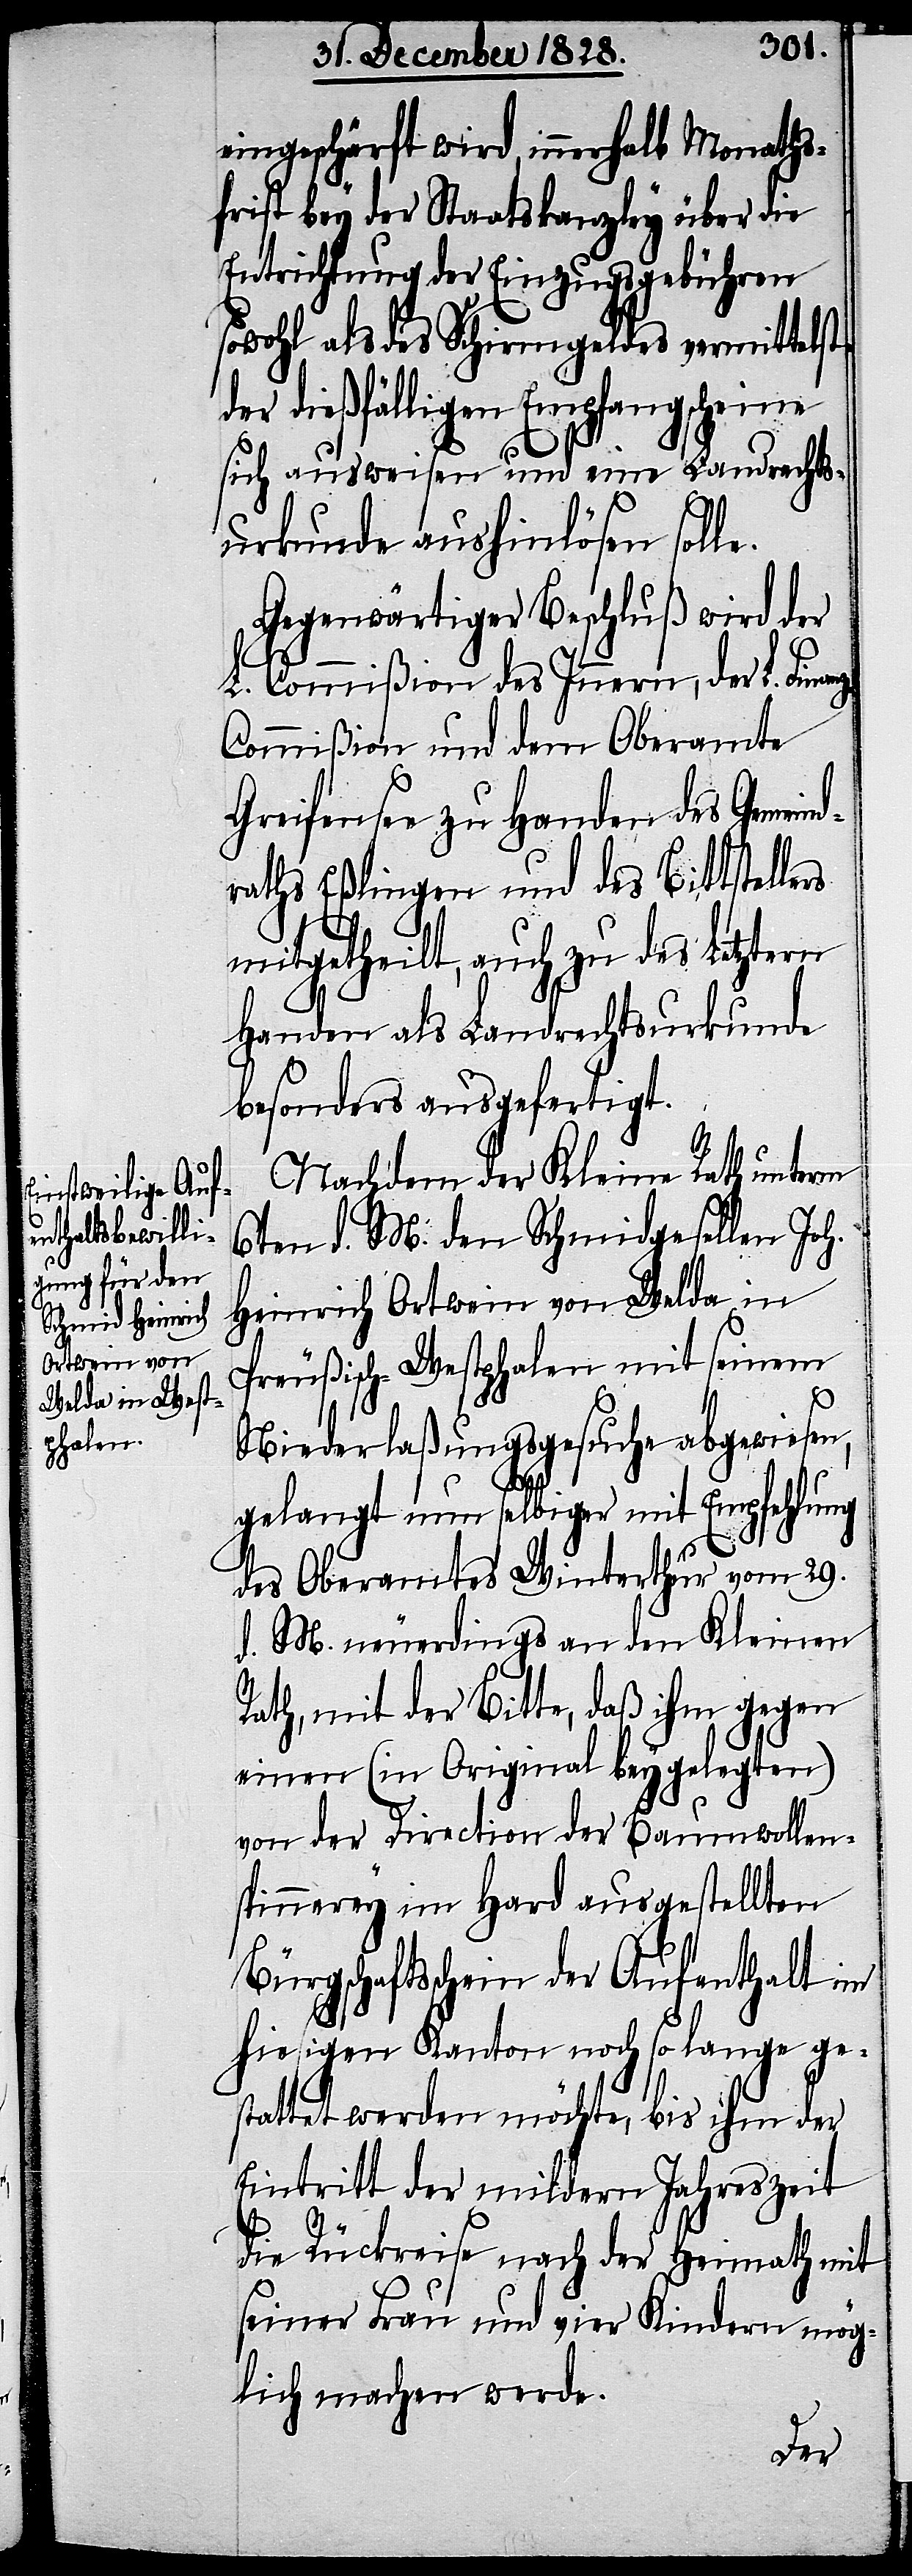
eingeschärft wird, innerhalb Monaths¬
frist bey der Staatskanzley über die
Entrichtung der Einzugsgebühren
sowohl als des Schirmgeldes vermittelst
der dießfälligen Empfangscheine
sich ausweisen und eine Landrechts¬
urkunde aushinlösen solle.
Gegenwärtiger Beschluß wird der
L. Commißion des Innern, der L. Fina¬
z-Commißion und dem Oberamte
Greifensee zu Handen des Gemein¬
raths Eßlingen und des Bittstelle¬
rs
mitgetheilt, auch zu des Letztern
d¬
Handen als Landrechtsurkunde
besonders ausgefertigt.
Nachdem der Kleine Rath unterm
6ten d. M. den Schmidgesellen Joh.
Heinrich Ortwein von Welda in
Preußisch-Westphalen mit seinem
Niederlaßungsgesuche abgewiesen,
gelangt nun selbiger mit Empfehlung
des Oberamtes Winterthur vom 29.
d. M. neuerdings an den Kleinen
Rath, mit der Bitte, daß ihm gegen
einen (im Original beygelegten)
von der Direction der Baumwollen¬
spinnerey im Hard ausgestellten
Bürgschaftsschein der Aufenthalt im
hiesigen Kanton noch so lange ge¬
stattet werden möchte, bis ihm der
Eintritt der mildern Jahreszeit
die Rückreise nach der Heimath mit
seiner Frau und vier Kindern mög¬
lich machen werde.